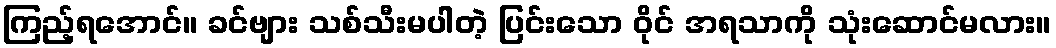
ကြည့်ရအောင်။ ခင်ဗျား သစ်သီးမပါတဲ့ ပြင်းသော ဝိုင် အရသာကို သုံးဆောင်မလား။